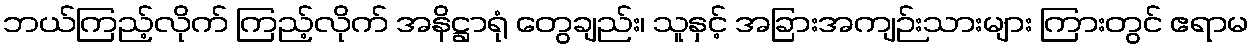
ဘယ်ကြည့်လိုက် ကြည့်လိုက် အနိဋ္ဌာရုံ တွေချည်း၊ သူနှင့် အခြားအကျဉ်းသားများ ကြားတွင် ဧရာမ